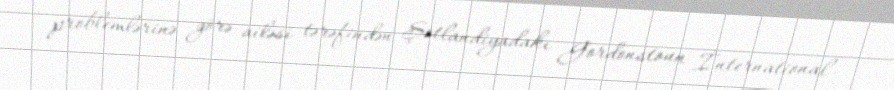
problemlərinə görə ailəsi tərəfindən Şotlandiyadakı Gordonstoun İnternational